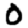
Digit: 0